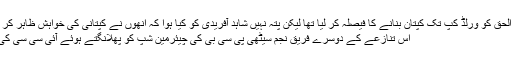
Image caption کرکٹ بورڈ نے مصباح الحق کو ورلڈ کپ تک کپتان بنانے کا فیصلہ کر لیا تھا لیکن پتہ نہیں شاہد آفریدی کو کیا ہوا کہ انھوں نے کپتانی کی خواہش ظاہر کر ڈالی
اس تنازعے کے دوسرے فریق نجم سیٹھی پی سی بی کی چیئرمین شپ کو پھلانگتے ہوئے آئی سی سی کی صدارت تک جا پہنچے۔